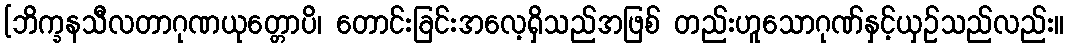
[ဘိက္ခနသီလတာဂုဏယုတ္တောပိ၊ တောင်းခြင်းအလေ့ရှိသည်အဖြစ် တည်းဟူသောဂုဏ်နှင့်ယှဉ်သည်လည်း။